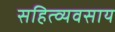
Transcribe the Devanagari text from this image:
सहित्व्यवसाय